Madras plague regulations in force outside the Presidency town - Volume 2
Disease focus: Plague
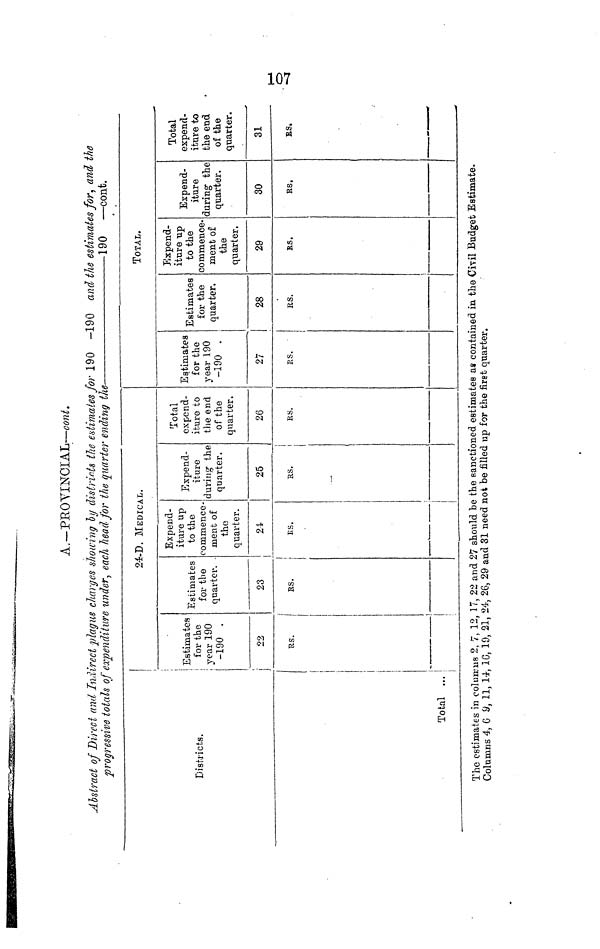
107
A.-PROVINCIAL—cont.
Abstract of Direct and Indirect plague charges showing by districts the estimates for 190 -190 and the estimates for, and the
progressive totals of expenditure under, each head for the quarter ending the
190 —cont.
Districts.
Total ...
24-D. MEDICAL.
Estimates
for the
year 190
-190 .
79
RS.
Estimates
for the
quarter.
23
RS.
Expend-
iture up
to the
commence-
ment of
the
quarter.
21
RS.
Expend-
iture
during the
quarter.
25
RS.
Total
expend-
iture to
the end
of the
quarter.
26
RS.
TOTAL.
Estimates
for the
year 190
-190
27
RS.
Estimates
for the
quarter.
28
RS.
Expend-
iture up
to the
commence-
ment of
the
quarter.
29
RS.
Expend-
iture
during the
quarter.
30
RS.
Total
expend-
iture to
the end
of the
quarter.
31
RS.
The estimates in columns 2, 7, 12, 17, 22 and 27 should be the sanctioned estimates as contained in the Civil Budget Estimate.
Columns 4, 6, 9, 11, 14, 16, 19, 21, 24, 26, 29 and 31 need not be filled up for the first quarter.